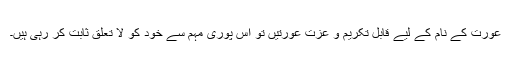
عورت کے نام کے لیے قابل تکریم و عزت عورتیں تو اس پوری مہم سے خود کو لا تعلق ثابت کر رہی ہیں۔